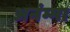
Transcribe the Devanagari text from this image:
अनंम्मा